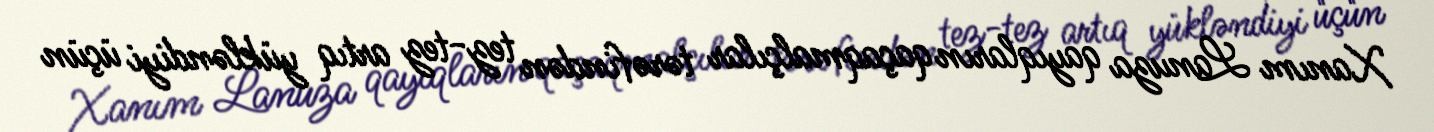
Xanım Lanuza qayıqların qaçaqmalçılar tərəfindən tez-tez artıq yükləndiyi üçün